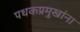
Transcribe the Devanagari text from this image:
पथकप्रमुखांना